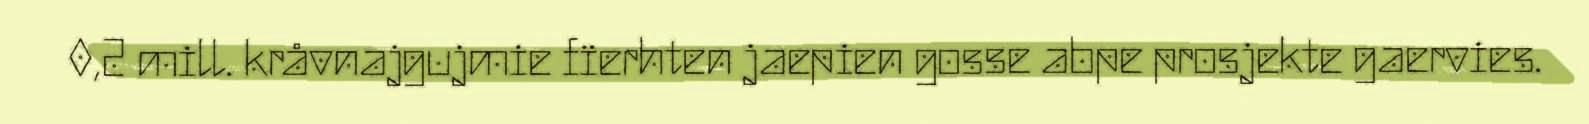
0,2 mill. kråvnajgujmie fïerhten jaepien gosse abpe prosjekte gaervies.